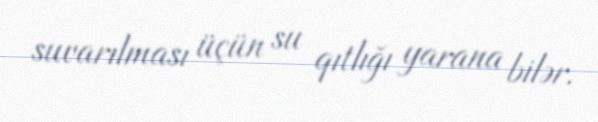
suvarılması üçün su qıtlığı yarana bilər.